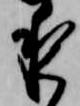
夜